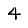
Digit: 4